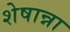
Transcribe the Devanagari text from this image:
शेषान्ना